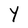
Character: Y